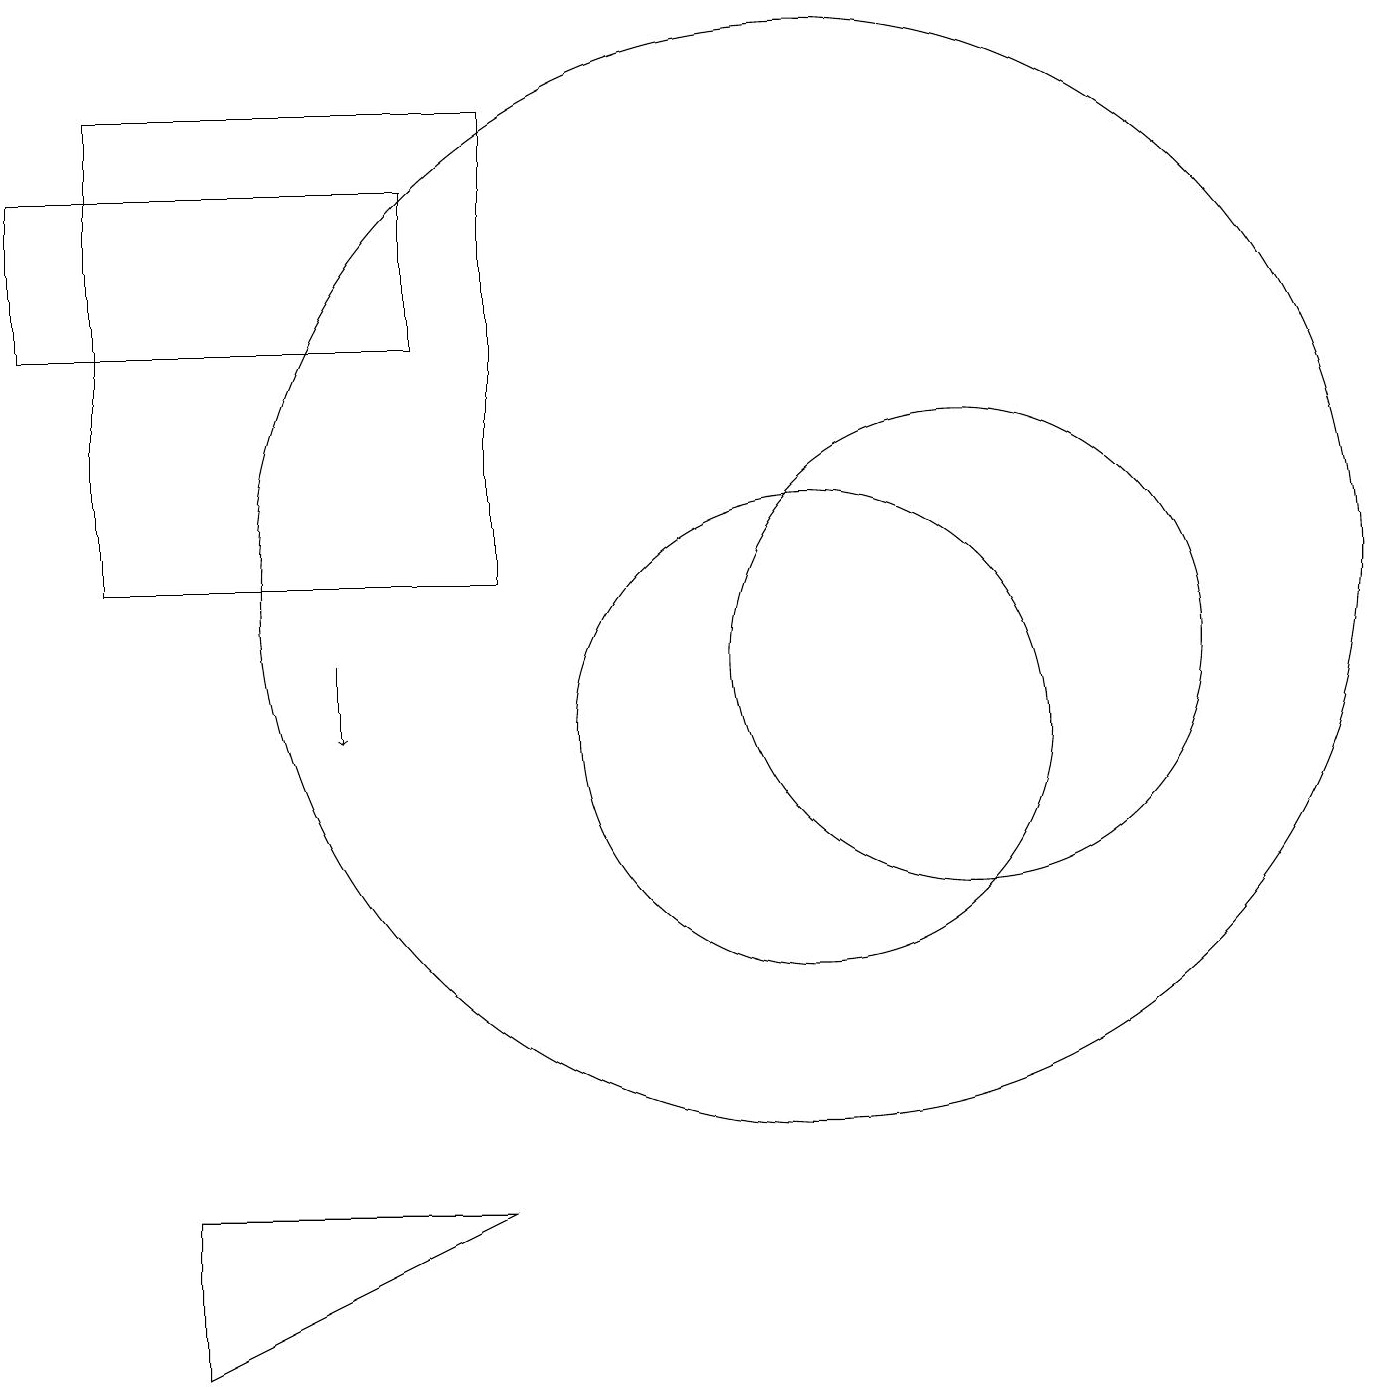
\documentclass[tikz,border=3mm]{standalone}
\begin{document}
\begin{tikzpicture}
\draw (12,11) circle (3);
\draw[->] (4,11) -- (4,10);
\draw (2,2) -- (2,4) -- (6,4) -- cycle;
\draw (10,10) circle (3);
\draw (10,12) circle (7);
\draw (0,17) rectangle (5,15);
\draw (6,12) rectangle (1,18);
\draw (11,10) circle (0);
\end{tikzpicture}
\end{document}